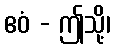
ဧဝံ - ဤသို့၊